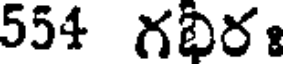
554 గభిరః